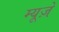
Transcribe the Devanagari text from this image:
म्यूज़े